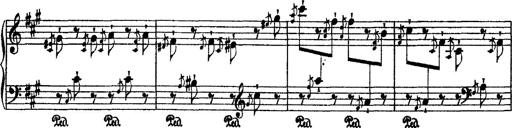
Title: 2 KonzertetÃ¼den
Composer: Franz Liszt